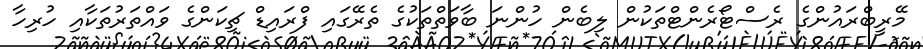
މޭރީބްރައުންގެ ރެސްޓޯރެންޓްތަކުން ލިބެން ހުންނަ ބާވަތްތަކުގެ ތެރޭގައި ފްރައިޑް ޗިކަންގެ ވައްތަރުތަކާއި ހުރިހާ